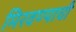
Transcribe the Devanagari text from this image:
मिरवण्याची